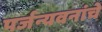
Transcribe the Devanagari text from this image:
पर्जन्यवनांचे